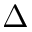
\Delta